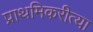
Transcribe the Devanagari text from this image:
प्राथमिकरीत्या